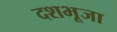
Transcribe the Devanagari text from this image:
दशभूजा